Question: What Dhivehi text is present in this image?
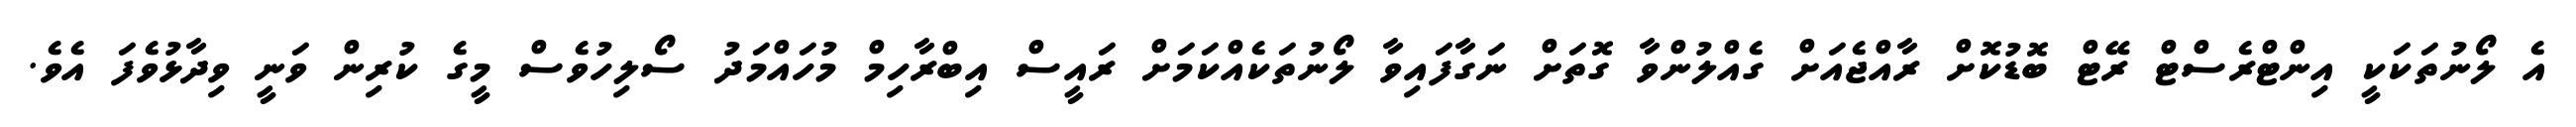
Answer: އެ ލޯނުތަކަކީ އިންޓްރެސްޓް ރޭޓް ބޮޑުކޮށް ރާއްޖެއަށް ގެއްލުންވާ ގޮތަށް ނަގާފައިވާ ލޯނުތަކެއްކަމަށް ރައީސް އިބްރާހިމް މުހައްމަދު ސޯލިހުވެސް މީގެ ކުރިން ވަނީ ވިދާޅުވެފަ އެވެ.